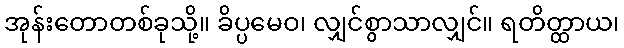
အုန်းတောတစ်ခုသို့။ ခိပ္ပမေဝ၊ လျှင်စွာသာလျှင်။ ရတိတ္ထာယ၊